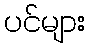
ပင်များ